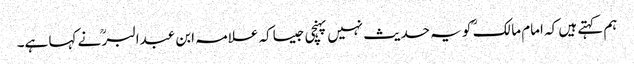
ہم کہتے ہیں کہ امام مالک ؒ کو یہ حدیث نہیں پہنچی جیساکہ علامہ ابن عبدالبرؒ نے کہا ہے۔